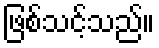
ဖြစ်သင့်သည်။